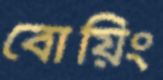
বোয়িং